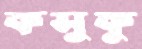
কসুকু